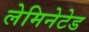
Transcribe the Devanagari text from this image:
लेमिनेटेड